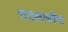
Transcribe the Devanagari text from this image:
रायलासीमा